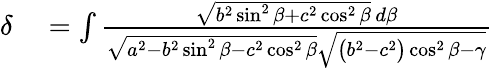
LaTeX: \begin{array}{rl}{\delta}&{{}=\int{\frac{{\sqrt{b^{2}\sin^{2}\beta+c^{2}\cos^{2}\beta}}\, d\beta}{{\sqrt{a^{2}-b^{2}\sin^{2}\beta-c^{2}\cos^{2}\beta}}{\sqrt{{\bigl(}b^{2}-c^{2}{\bigr)}\cos^{2}\beta-\gamma}}}}}\end{array}